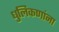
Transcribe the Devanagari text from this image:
धुलिकणांना